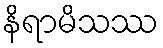
နိရာမိသဿ